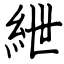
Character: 紲